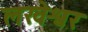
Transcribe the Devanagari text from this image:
लखेश्वर